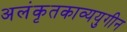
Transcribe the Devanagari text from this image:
अलंकृतकाव्ययुगीन